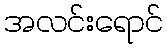
အလင်းရောင်